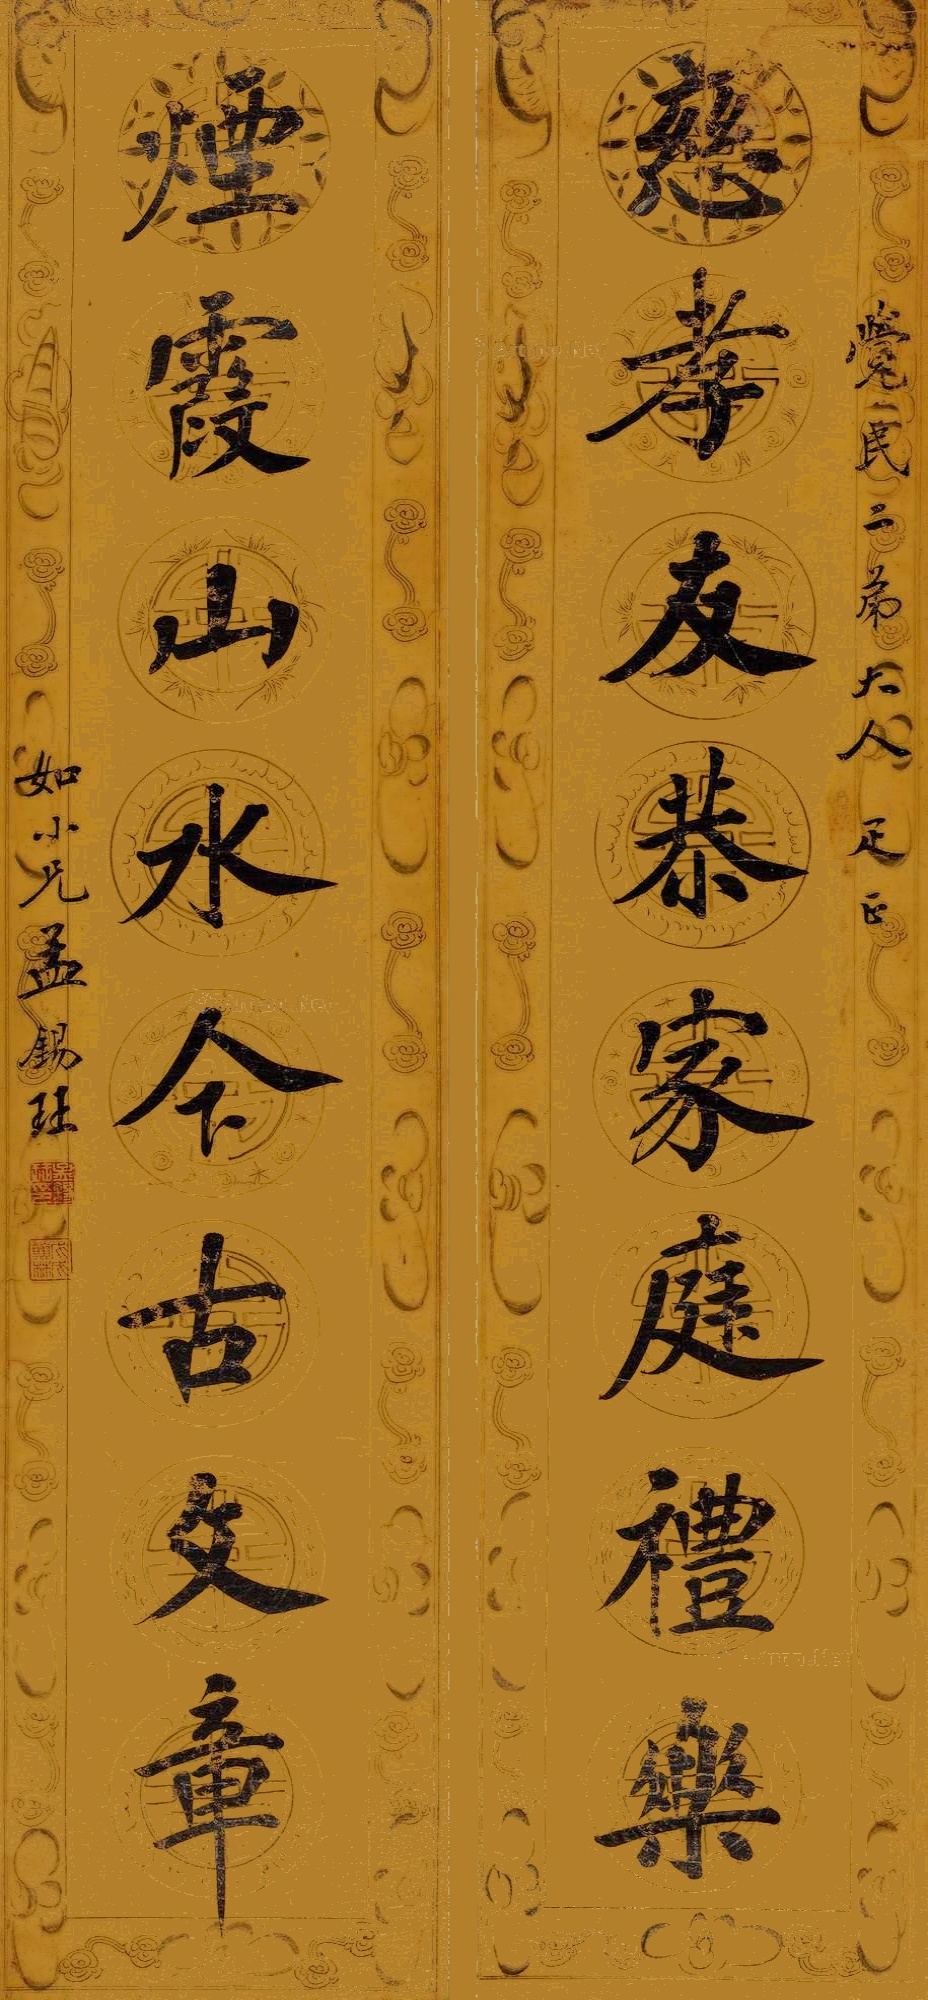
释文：慈孝友恭家庭礼乐，烟霞山水今古文章。觉民二弟大人雅正。如小兄孟锡玨。